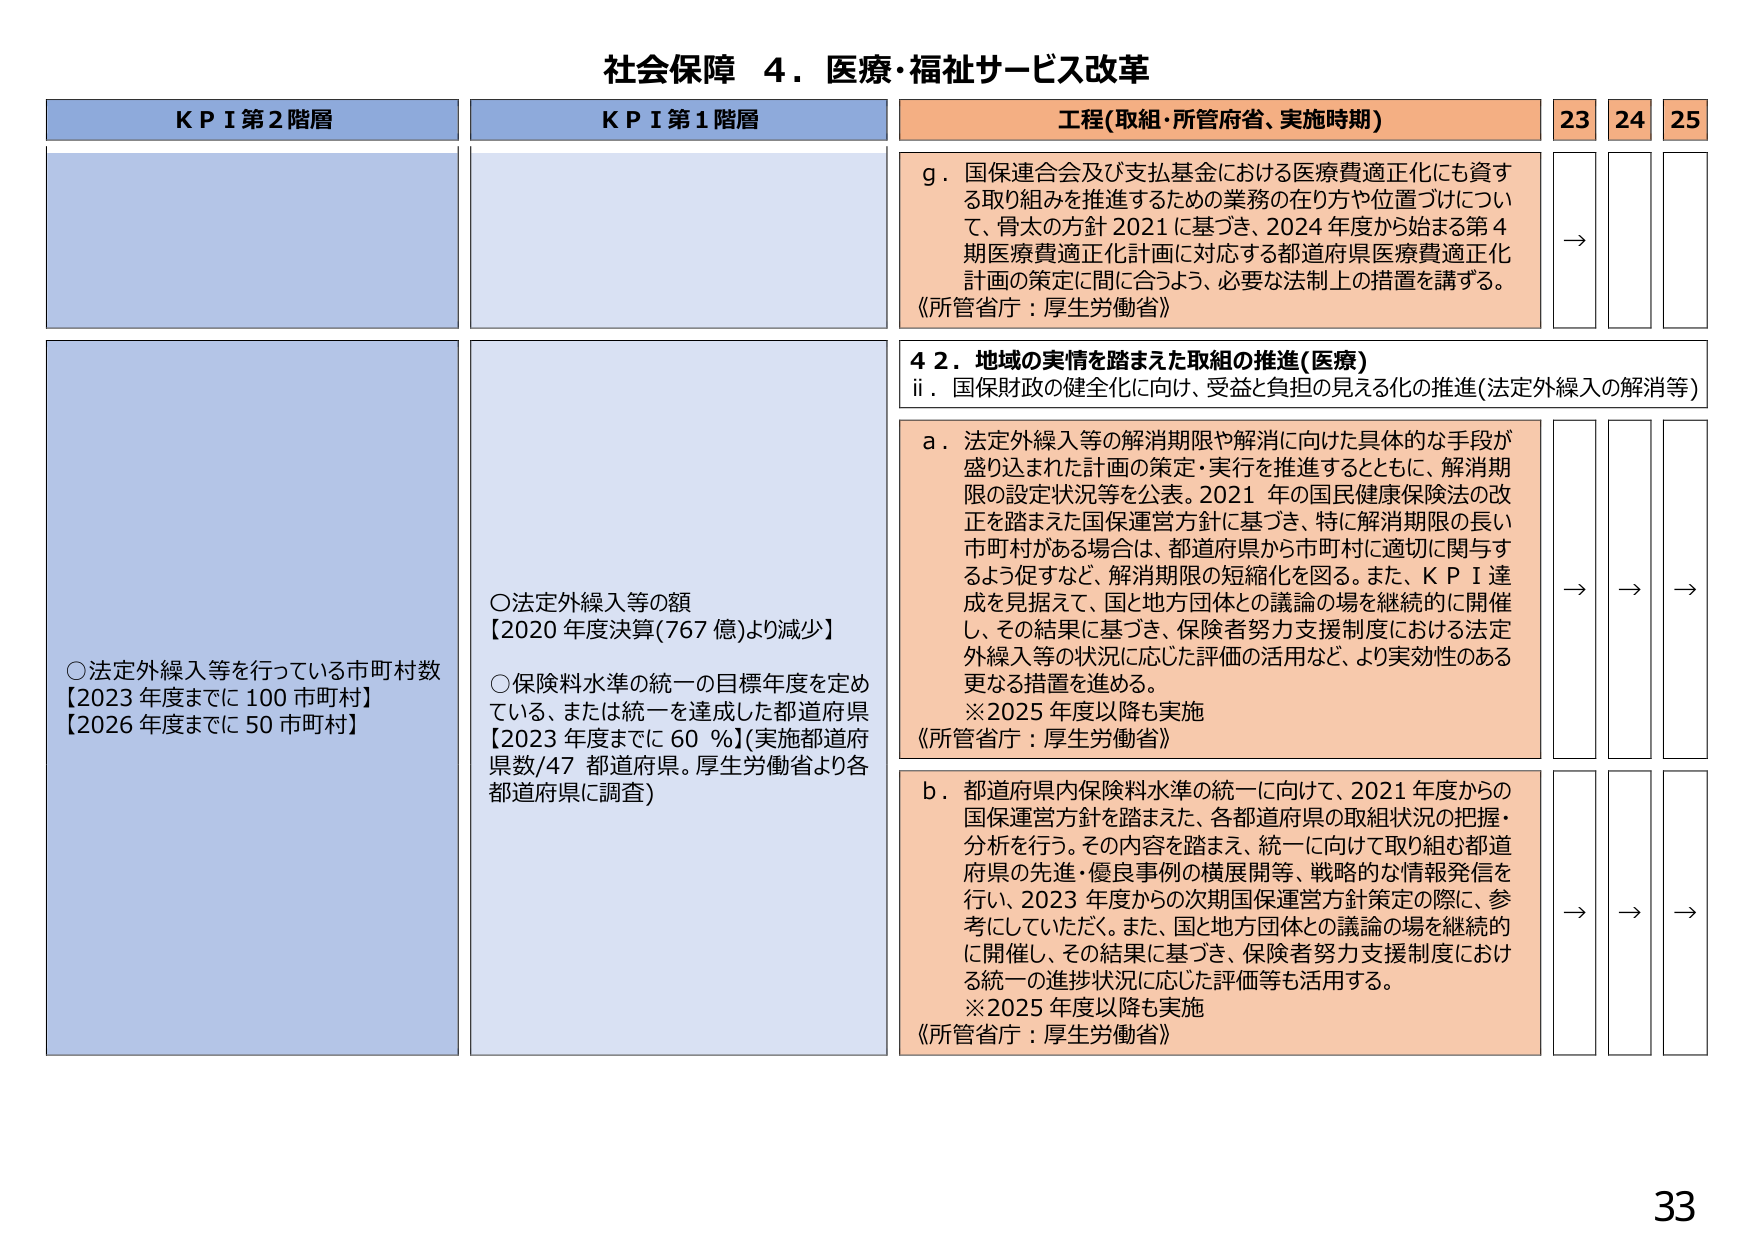
社会保障 ４．医療・福祉サービス改革

KPI第2階層
○法定外繰入等を行っている市町村数
【2023年度までに100市町村】
【2026年度までに50市町村】

KPI第1階層
○法定外繰入等の額
【2020年度決算(767億)より減少】
○保険料水準の統一の目標年度を定めている、または統一を達成した都道府県
【2023年度までに60％】(実施都道府県数/47都道府県。厚生労働省より各都道府県に調査)

工程(取組・所管府省、実施時期)
g．国保連合会及び支払基金における医療費適正化にも資する取り組みを推進するための業務の在り方や位置づけについて、骨太の方針2021に基づき、2024年度から始まる第4期医療費適正化計画に対応する都道府県医療費適正化計画の策定に間に合うよう、必要な法制上の措置を講ずる。
《所管省庁：厚生労働省》

42．地域の実情を踏まえた取組の推進(医療)
ii．国保財政の健全化に向け、受益と負担の見える化の推進(法定外繰入の解消等)

a．法定外繰入等の解消期限や解消に向けた具体的な手段が盛り込まれた計画の策定・実行を推進するとともに、解消期限の設定状況等を公表。2021年の国民健康保険法の改正を踏まえた国保運営方針に基づき、特に解消期限の長い市町村がある場合は、都道府県から市町村に適切に関与するよう促すなど、解消期限の短縮化を図る。また、KPI達成を見据えて、国と地方団体との議論の場を継続的に開催し、その結果に基づき、保険者努力支援制度における法定外繰入等の状況に応じた評価の活用など、より実効性のある更なる措置を進める。
※2025年度以降も実施
《所管省庁：厚生労働省》

b．都道府県内保険料水準の統一に向けて、2021年度からの国保運営方針を踏まえた、各都道府県の取組状況の把握・分析を行う。その内容を踏まえ、統一に向けて取り組む都道府県の先進・優良事例の横展開等、戦略的な情報発信を行い、2023年度からの次期国保運営方針策定の際に、参考にしていただく。また、国と地方団体との議論の場を継続的に開催し、その結果に基づき、保険者努力支援制度における統一の進捗状況に応じた評価等も活用する。
※2025年度以降も実施
《所管省庁：厚生労働省》

23 24 25
→
→ → →
→ → →
33